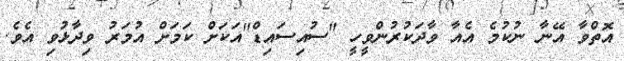
އޮތްވާ އޭނާ ނުކުމެ އެއާ ވާދަކުރުންވީހީ "ސުއިސައިޑް"އަކަށް ކަމަށް އުމަރު ވިދާޅުވި އެވެ.